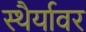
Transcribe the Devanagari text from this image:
स्थैर्यावर